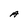
Character: A